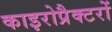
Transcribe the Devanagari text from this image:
काइरोप्रैक्टरों